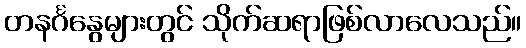
တနင်္ဂနွေများတွင် သိုက်ဆရာဖြစ်လာလေသည်။